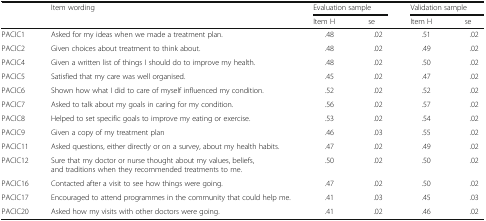
<table><thead><tr><td rowspan="2"></td><td rowspan="2"><b>Item wording</b></td><td colspan="2"><b>Evaluation sample</b></td><td colspan="2"><b>Validation sample</b></td></tr><tr><td><b>Item H</b></td><td><b>se</b></td><td><b>Item H</b></td><td><b>se</b></td></tr></thead><tbody><tr><td>PACIC1</td><td>Asked for my ideas when we made a treatment plan.</td><td>.48</td><td>.02</td><td>.51</td><td>.02</td></tr><tr><td>PACIC2</td><td>Given choices about treatment to think about.</td><td>.48</td><td>.02</td><td>.49</td><td>.02</td></tr><tr><td>PACIC4</td><td>Given a written list of things I should do to improve my health.</td><td>.48</td><td>.02</td><td>.50</td><td>.02</td></tr><tr><td>PACIC5</td><td>Satisfied that my care was well organised.</td><td>.45</td><td>.02</td><td>.47</td><td>.02</td></tr><tr><td>PACIC6</td><td>Shown how what I did to care of myself influenced my condition.</td><td>.52</td><td>.02</td><td>.52</td><td>.02</td></tr><tr><td>PACIC7</td><td>Asked to talk about my goals in caring for my condition.</td><td>.56</td><td>.02</td><td>.57</td><td>.02</td></tr><tr><td>PACIC8</td><td>Helped to set specific goals to improve my eating or exercise.</td><td>.53</td><td>.02</td><td>.54</td><td>.02</td></tr><tr><td>PACIC9</td><td>Given a copy of my treatment plan</td><td>.46</td><td>.03</td><td>.55</td><td>.02</td></tr><tr><td>PACIC11</td><td>Asked questions, either directly or on a survey, about my health habits.</td><td>.47</td><td>.02</td><td>.49</td><td>.02</td></tr><tr><td>PACIC12</td><td>Sure that my doctor or nurse thought about my values, beliefs, and traditions when they recommended treatments to me.</td><td>.50</td><td>.02</td><td>.50</td><td>.02</td></tr><tr><td>PACIC16</td><td>Contacted after a visit to see how things were going.</td><td>.47</td><td>.02</td><td>.50</td><td>.02</td></tr><tr><td>PACIC17</td><td>Encouraged to attend programmes in the community that could help me.</td><td>.41</td><td>.03</td><td>.45</td><td>.03</td></tr><tr><td>PACIC20</td><td>Asked how my visits with other doctors were going.</td><td>.41</td><td>.02</td><td>.46</td><td>.02</td></tr></tbody></table>